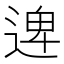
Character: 𮞱